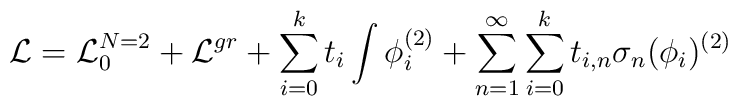
{\cal L} = {\cal L}_{0}^{N=2} + {\cal L}^{gr} + \sum_{i=0}^{k}t_i \int \phi_{i}^{(2)} + \sum_{n=1}^{\infty} \sum_{i=0}^{k}t_{i,n} \sigma_n(\phi_i)^{(2)}